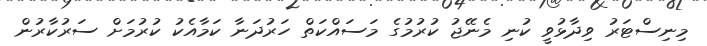
މިނިސްޓަރު ވިދާޅުވީ ކުނި މެނޭޖު ކުރުމުގެ މަސައްކަތް ހަރުދަނާ ކަމާއެކު ކުރުމަށް ސަރުކާރުން